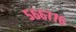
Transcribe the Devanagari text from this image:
५६६७७६